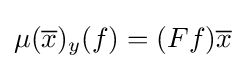
\mu ({\overline {x}})_{y}(f)=(Ff){\overline {x}}